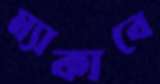
ম্যাকাবে